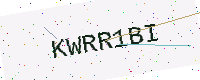
Text: KWRR1BI